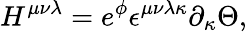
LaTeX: H^{\mu\nu\lambda}=e^{\phi}\epsilon^{\mu\nu\lambda\kappa}\partial_{\kappa}\Theta,